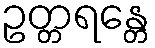
ဥတ္တရန္တေ